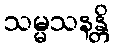
သမ္မသနန္တိ